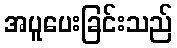
အပူပေးခြင်းသည်